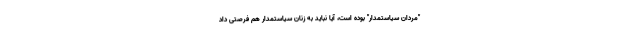
"مردان سیاستمدار" بوده است، آیا نباید به زنان سیاستمدار هم فرصتی داد